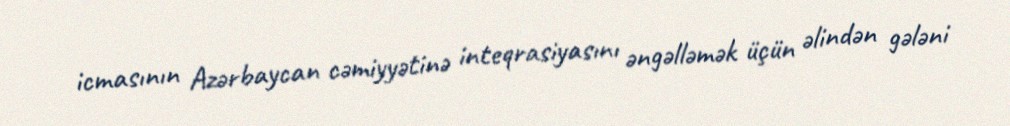
icmasının Azərbaycan cəmiyyətinə inteqrasiyasını əngəlləmək üçün əlindən gələni